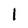
Character: 1